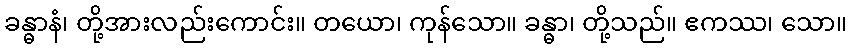
ခန္ဓာနံ၊ တို့အားလည်းကောင်း။ တယော၊ ကုန်သော။ ခန္ဓာ၊ တို့သည်။ ဧကဿ၊ သော။